Civil Veterinary Department Bengal reports 1923-33 - 1923-1933
Year: 1923
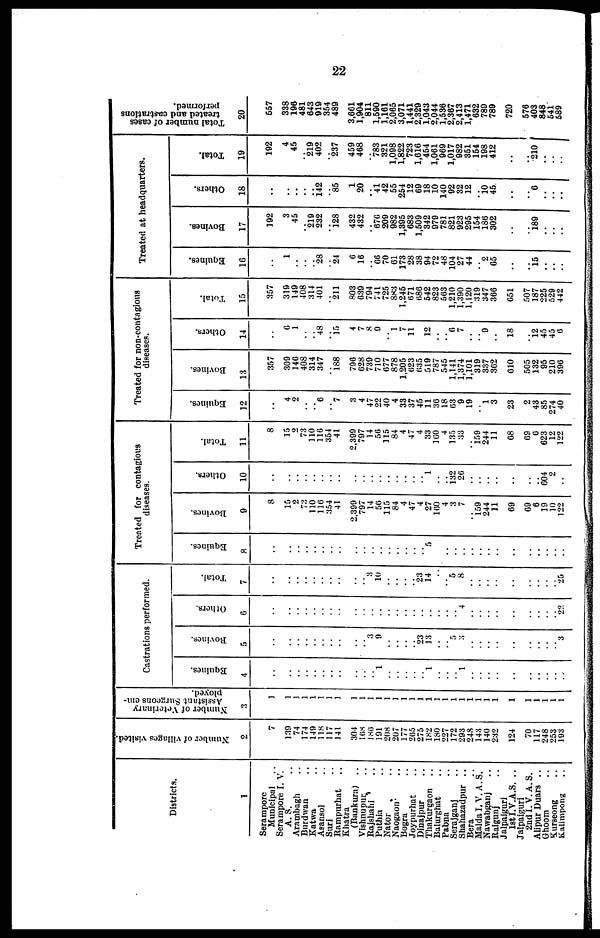
22
Districts.
1
Serampore
Municipal ..
Serampore I. V.
A. S.
Arambagh ..
Burdwan ..
Katwa ..
Asansol ..
Suri ..
Rampurhat ..
Khatra ..
(Bankura)
Vishnupur ..
Rajshahi ..
Puthia ..
Nator ..
Naogaon ..
Bogra ..
Joypurhat ..
Dinajpur ..
Thakurgaon ..
Balurghat ..
Pabna ..
Serajganj ..
Shahazadpur ..
Bera ..
Malda I. V. A. S.
Nawabganj ..
Raigunj ..
Jalpaiguri
1st I.V.A.S. ..
Jalpaiguri
2nd I.V.A.S.
Alipur Duars ..
Ghoom ..
Kurseong ..
Kalimpong ..
Number of villages visited.
2
7
139
74
174
149
118 117
141
..
304
168
186
101
208
207
177
265
275
182
180
227 172
293
248
143 140
232
124
70
117
248
253
193
Number of Veterinary
Assistant Surgeons em-
ployed.
3
1
..
..
..
..
..
..
..
..
.. ..
..
..
..
..
..
..
..
..
..
..
..
..
..
..
..
..
..
..
..
..
..
..
Castrations performed.
Equines.
4
..
..
..
..
..
..
..
..
..
.. ..
.. 1
..
..
..
..
.. 1
..
..
.. 1
..
..
..
..
..
..
..
..
..
..
Bovines.
5
..
..
..
..
..
..
..
..
..
.. .. 3 9
..
..
..
.. 23
13
..
.. 5
3
..
..
..
..
..
..
..
..
.. 3
Others.
6
..
..
..
..
..
..
..
..
..
.. ..
..
..
..
..
..
..
..
..
..
..
.. 4
..
..
..
..
..
..
..
..
.. 22
Total.
7
..
..
..
..
..
..
..
..
..
.. .. 3 10
..
..
..
.. 23
14
..
.. 5
8
..
..
..
..
..
..
..
..
.. 25
Treated for contagious
diseases.
Equines.
8
..
..
..
..
..
..
..
..
..
.. ..
..
..
..
..
..
..
.. 5
..
..
..
..
..
..
..
..
..
..
..
..
..
..
Bovines.
9
8
15
2
73
110
110
354
41
..
2,399 797
14
50
115
84
4
47
4
27
100
4
3
7
.. 159
244
11
69
69
6
19
10
122
Others.
10
..
..
..
..
..
..
..
..
..
.. ..
..
..
..
..
..
..
.. 1
..
.. 132
20
..
..
..
..
..
..
.. 604
2
..
Total.
11
8
15
2
73
110
116
354
41
..
2,399 707
14
50
115
84
4
47
4
33
160
4
135
33
.. 159
244
11
68
69
6
623
12
122
Treated for non-contagious
diseases.
Equines.
12
..
4
2
..
.. 6
.. 7
..
3
4
47
22
40
4
33
37
45
11
36
18
63
9
19
.. 1 3
23
2
43
85
274
40
Bovines.
13
357
309
146
408
314
347
.. 188
..
796
028
739
710
677
878
1,205
623
635
519
787
545
1,141
1,374
1,101
319
337
362
610
505
132
95
210
396
Others.
14
..
6
1
..
.. 48
.. 15
..
4 7
8
9
.. 1 7
11
.. 12
..
.. 6
7
..
.. 9
..
18
..
12
45
45
6
Total.
15
357
319
149
408
314
401
211
..
803 639
794
741
725
883
1,245
671
686
542
823
563
1,210
1,300
1,120
319
347
306
651
507
187
225
529
442
Treated at headquarters.
Equines.
16
..
1
..
..
.. 28
.. 24
..
6
16
.. 66
70
61
173
28
38
94
72
48
104
27
44
.. 2
65
..
..
15
..
..
..
Bovines.
17
192
3
45
.. 219
232
.. 128
..
432 432
.. 676
209
982
1,395
683
1,509
342
979
781
821
923
295
154
186
302
..
..
i89
..
..
..
Others.
18
..
..
..
..
.. 142
.. 85
..
1
20
.. 41
42
55
254
12
69
18
10
140
92
32
12
.. 10 45
..
..
6
..
..
..
Total.
19
192
4
45
.. 219
402
.. 237
..
459 468
.. 783
321
1,098
1,822
723
1,616
454
1,061
969
1,017
982
351
154
198
412
..
..
210
..
.. ..
Total number of cases
treated and castrations
performed.
20
657
338
196
481
643
919
354
489
..
3,661 1,904
811
1,590
1,161
2,065
3,071
1,441
2,329
1,043
2,044
1,536
2,367
2,413
1,471
632
789
789
720
576
403
848
541
589